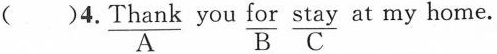
()4. \underset{A}{\underline{Thank}} you \underset{B}{\underline{for}} \underset{C}{\underline{stay}} at my home.